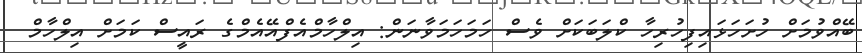
ބޭއްވުމަށް ހުށަހަޅައިފިހުރިހާ ކްލަބަކަށް ވެސް ހަމަހަމަވާނަން: އިލްހާމްއެފްއޭއެމްގެ ރައީސް ކަމަށް އިލްހާމް